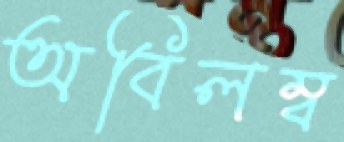
অবিলম্ব